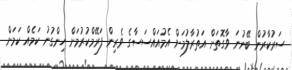
ސަރުކާރުން ބޭނުނަ ވާގޮތަށް އަތުރާލުމަށް އެމުއައްސަސާގެ ވެރިން ފަރޭމްކުރުމަށް ހިންގުނު ކަމެއް ކަމަށް